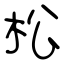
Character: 松